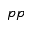
_ { p p }